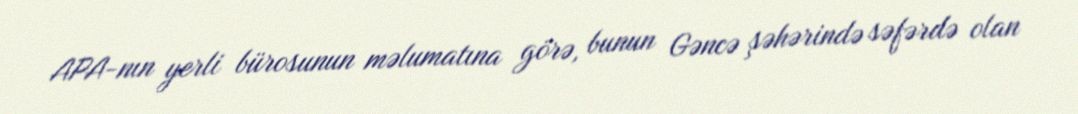
APA-nın yerli bürosunun məlumatına görə, bunun Gəncə şəhərində səfərdə olan